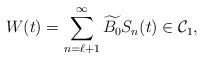
LaTeX: \begin{align*} W(t)=\sum_{n=\ell+1}^\infty \widetilde{B_0}S_n(t)\in\mathcal{C}_1,\end{align*}